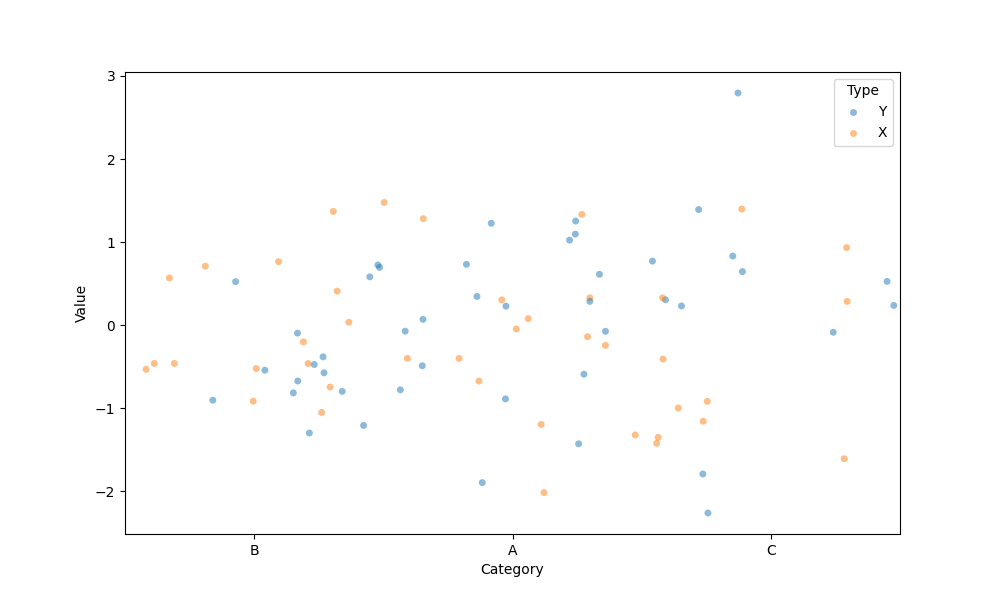
python, seaborn, stripplot, jitter=True, dodge=False, alpha=0.5, size=5